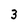
Character: 3